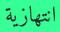
انتھازية